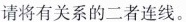
请将有关系的二者连线。